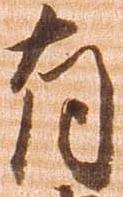
有